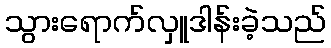
သွားရောက်လှူဒါန်းခဲ့သည်